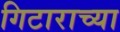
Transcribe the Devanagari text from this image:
गिटाराच्या